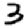
Digit: 3